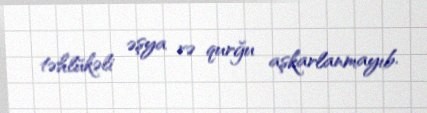
təhlükəli əşya və qurğu aşkarlanmayıb.